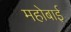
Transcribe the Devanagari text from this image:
महोबाई